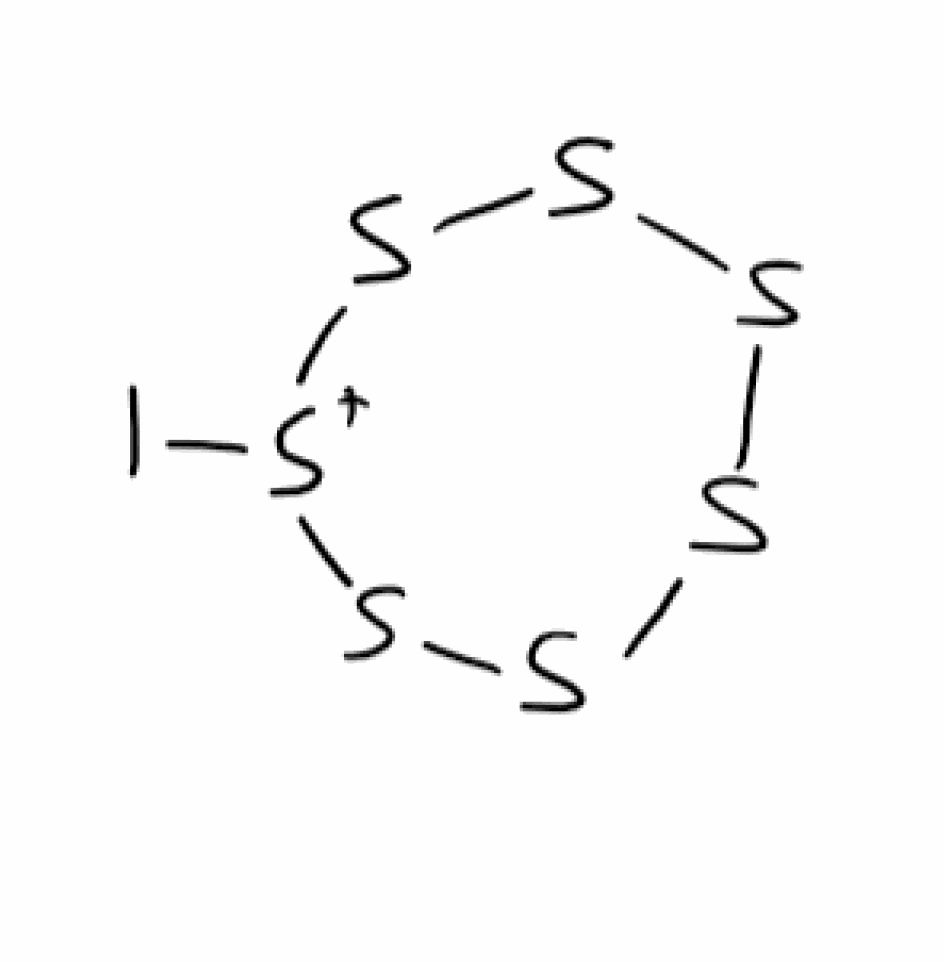
Simplified molecular-input line-entry system (SMILES) notation of the given molecule:
S1SSS[S+](SS1)I